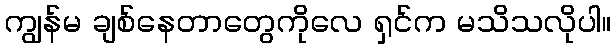
ကျွန်မ ချစ်နေတာတွေကိုလေ ရှင်က မသိသလိုပါ။